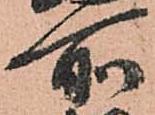
所